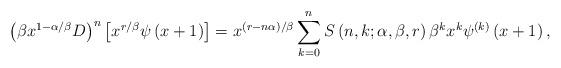
LaTeX: \begin{align*}\left( \beta x^{1-\alpha/\beta}D\right) ^{n}\left[ x^{r/\beta}\psi\left(x+1\right) \right] =x^{\left( r-n\alpha\right) /\beta}\sum_{k=0}^{n}S\left( n,k;\alpha,\beta,r\right) \beta^{k}x^{k}\psi^{\left( k\right)}\left( x+1\right) , \end{align*}